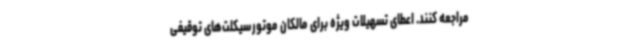
مراجعه کنند. اعطای تسهیلات ویژه برای مالکان موتورسیکلت‌های توقیفی